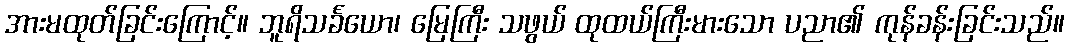
အားမထုတ်ခြင်းကြောင့်။ ဘူရိသင်္ခယော၊ မြေကြီး သဖွယ် ထုထယ်ကြီးမားသော ပညာ၏ ကုန်ခန်းခြင်းသည်။